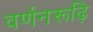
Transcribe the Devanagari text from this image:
वर्णनरूढ़ि